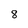
Character: 8